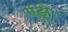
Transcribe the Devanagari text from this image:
एंड्रो